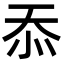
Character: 忝